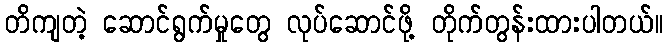
တိကျတဲ့ ဆောင်ရွက်မှုတွေ လုပ်ဆောင်ဖို့ တိုက်တွန်းထားပါတယ်။